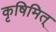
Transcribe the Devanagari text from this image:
कृषिमित्